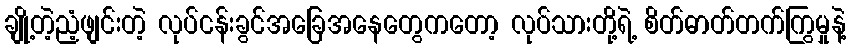
ချို့တဲ့ညံ့ဖျင်းတဲ့ လုပ်ငန်းခွင်အခြေအနေတွေကတော့ လုပ်သားတို့ရဲ့ စိတ်ဓာတ်တက်ကြွမှုနဲ့